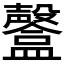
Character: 𥃟